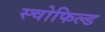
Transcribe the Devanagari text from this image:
स्चोफिल्ड